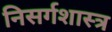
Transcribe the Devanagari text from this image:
निसर्गशास्त्र